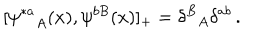
[ { \psi ^ { * a } } _ { A } ( x ) , \psi ^ { b B } ( x ) ] _ { + } = { \delta ^ { B } } _ { A } \delta ^ { a b } \, .